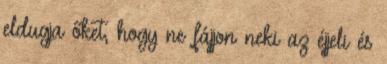
eldugja őket, hogy ne fájjon neki az éjjeli és